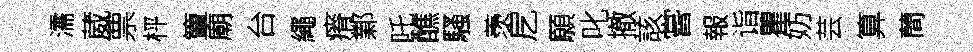
濡葳票枰簟廟台繩瘠鄴吒醮騷羡戹願叱撤該嘗報诣瞿妨芸算蕳